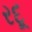
રદૂ